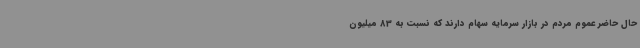
حال حاضر عموم مردم در بازار سرمایه سهام دارند که نسبت به 83 میلیون